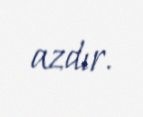
azdır.